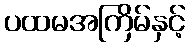
ပထမအကြိမ်နှင့်